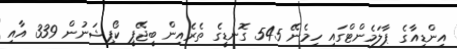
އިންޑިއާގެ ޕާލަމެންޓްގައި ހިމެނޭ 545 ގޮނޑީގެ ތެރެއިން ބީޖޭޕީ ކޯޕިޝަނުން 339 އާއި